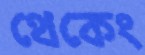
থেকেং